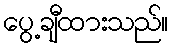
ပွေ့ချီထားသည်။